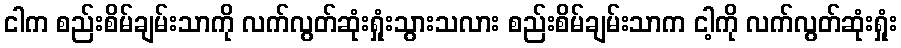
ငါက စည်းစိမ်ချမ်းသာကို လက်လွတ်ဆုံးရှုံးသွားသလား စည်းစိမ်ချမ်းသာက ငါ့ကို လက်လွတ်ဆုံးရှုံး